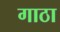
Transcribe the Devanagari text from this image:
गाठा